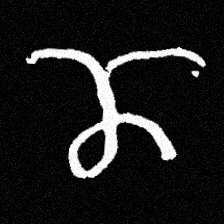
Pyu character \u2014 Myanmar letter: ဏ (romanized: nna)